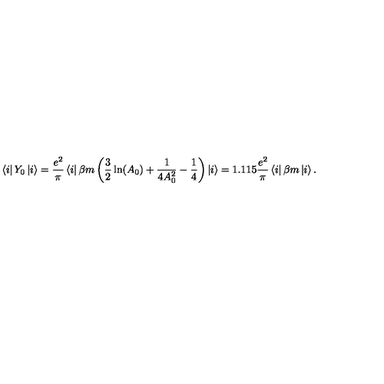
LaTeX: \left\langle i \right| Y _ { 0 } \left| i \right\rangle = \frac { e ^ { 2 } } \pi \left\langle i \right| \beta m \left( \frac 3 2 \ln ( A _ { 0 } ) + \frac 1 { 4 A _ { 0 } ^ { 2 } } - \frac 1 4 \right) \left| i \right\rangle = 1 . 1 1 5 \frac { e ^ { 2 } } \pi \left\langle i \right| \beta m \left| i \right\rangle .